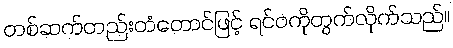
တစ်ဆက်တည်းတံတောင်ဖြင့် ရင်ဝကိုတွက်လိုက်သည်။